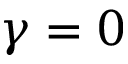
\gamma = 0